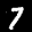
Label: 7